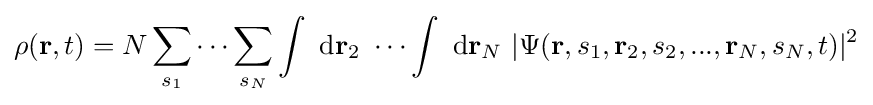
\rho (\mathbf {r} ,t)=N\sum _{s_{1}}\cdots \sum _{s_{N}}\int \ \mathrm {d} \mathbf {r} _{2}\ \cdots \int \ \mathrm {d} \mathbf {r} _{N}\ |\Psi (\mathbf {r} ,s_{1},\mathbf {r} _{2},s_{2},...,\mathbf {r} _{N},s_{N},t)|^{2}